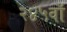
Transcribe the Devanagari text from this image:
२४५वाँ